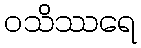
ဝသိဿရေ